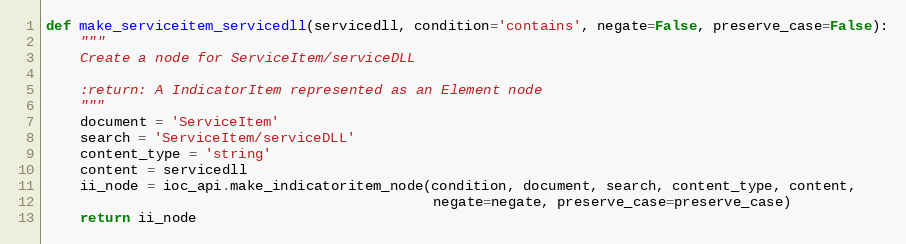
Language: Python
def make_serviceitem_servicedll(servicedll, condition='contains', negate=False, preserve_case=False):
    """
    Create a node for ServiceItem/serviceDLL

    :return: A IndicatorItem represented as an Element node
    """
    document = 'ServiceItem'
    search = 'ServiceItem/serviceDLL'
    content_type = 'string'
    content = servicedll
    ii_node = ioc_api.make_indicatoritem_node(condition, document, search, content_type, content,
                                              negate=negate, preserve_case=preserve_case)
    return ii_node